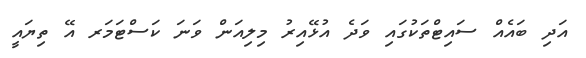
އަދި ބައެއް ސައިޓްތަކުގައި ވަދެ އުޅޭއިރު މިލިއަން ވަނަ ކަސްޓަމަރ އޭ ތިޔައީ